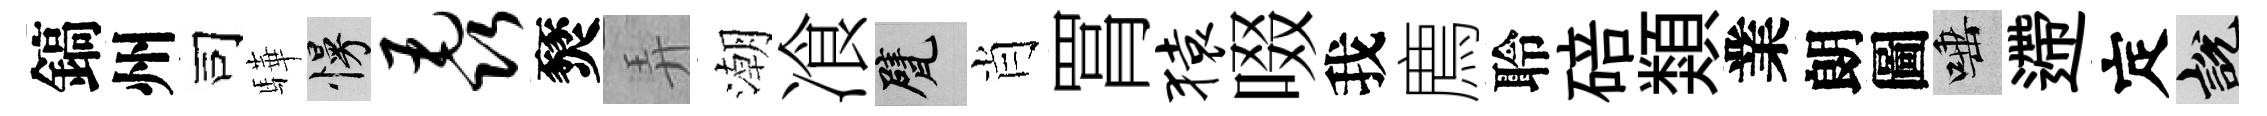
鎬州司驊慢毳燹弄潮飡甓肖罥猿啜我廌聆碚類業朗圖唾遰定説